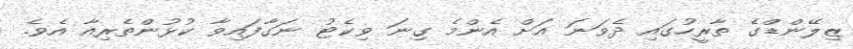
ޒިލޭންޑްގެ ތާރީހުގައި ދެވަނަ އަށް އެންމެ ގިނަ ވިކެޓު ނަގާފައިވާ ކުޅުންތެރިއާ އެވެ.